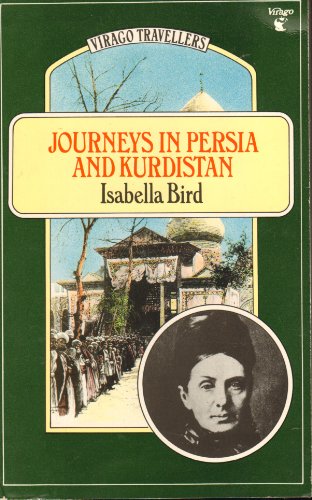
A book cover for Journeys in Persia and Kurdistan: Vol 1 (Virago Travellers); Isabella Bird; Travel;